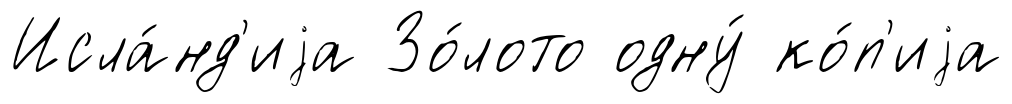
Исла́нд'иjа Зо́лото одну́ ко́п'иjа